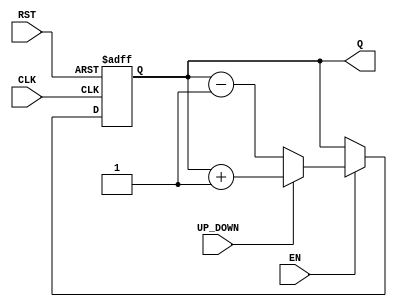
module ChainedParallelCounter #(parameter N = 4) (
    input wire CLK,          // Clock signal
    input wire RST,          // Asynchronous reset
    input wire EN,           // Count enable signal
    input wire UP_DOWN,      // Count mode control (1 for up, 0 for down)
    output reg [N-1:0] Q     // Counter output
);

// Internal signals for the flip-flops
reg [N-1:0] next_Q;

always @(posedge CLK or posedge RST) begin
    if (RST) begin
        Q <= 0; // Reset the counter to 0
    end else if (EN) begin
        Q <= next_Q; // Update the counter value
    end
end

// Combinational logic to determine next state
always @(*) begin
    if (EN) begin
        if (UP_DOWN) begin
            next_Q = Q + 1; // Count up
        end else begin
            next_Q = Q - 1; // Count down
        end
    end else begin
        next_Q = Q; // Hold the current value
    end
end

endmodule